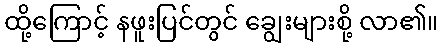
ထို့ကြောင့် နဖူးပြင်တွင် ချွေးများစို့ လာ၏။